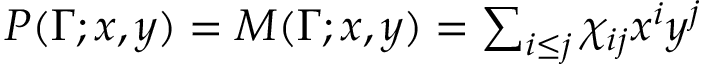
\begin{array} { r } { P ( \Gamma ; x , y ) = M ( \Gamma ; x , y ) = \sum _ { i \leq j } \chi _ { i j } x ^ { i } y ^ { j } } \end{array}